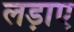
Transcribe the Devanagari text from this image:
लड़ाए